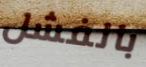
بالفشل